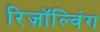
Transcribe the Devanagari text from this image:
रिज़ॉल्विंग